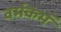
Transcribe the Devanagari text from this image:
वर्मकर्म